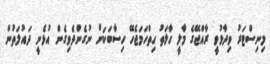
މިނިސްޓަރު ވިދާޅުވީ ރާއްޖޭގެ މާލީ ހާލަތު ހިތްހަމަޖެހޭ ހިސާބަކަށް ނުގެންދެވިގެން އުޅެނީ ދައުލަތުން